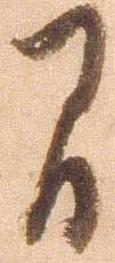
間